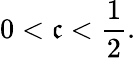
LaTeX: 0<\mathfrak{c}<{\frac{{1}}{{2}}}.